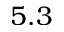
5 . 3